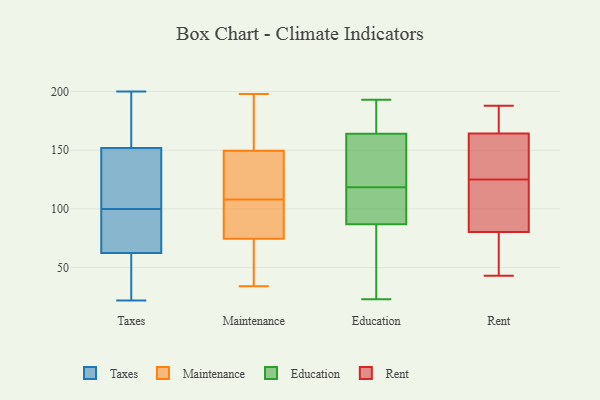
{"axis": {"x": "Tickets Resolved", "y": "Value"}, "legend": ["Education", "Maintenance", "Rent", "Taxes"], "data": [{"x": "", "y": 35, "type": "Taxes"}, {"x": "", "y": 64, "type": "Taxes"}, {"x": "", "y": 83, "type": "Taxes"}, {"x": "", "y": 78, "type": "Taxes"}, {"x": "", "y": 200, "type": "Taxes"}, {"x": "", "y": 145, "type": "Taxes"}, {"x": "", "y": 100, "type": "Taxes"}, {"x": "", "y": 152, "type": "Taxes"}, {"x": "", "y": 173, "type": "Taxes"}, {"x": "", "y": 29, "type": "Taxes"}, {"x": "", "y": 171, "type": "Taxes"}, {"x": "", "y": 152, "type": "Taxes"}, {"x": "", "y": 22, "type": "Taxes"}, {"x": "", "y": 62, "type": "Taxes"}, {"x": "", "y": 118, "type": "Taxes"}, {"x": "", "y": 52, "type": "Maintenance"}, {"x": "", "y": 167, "type": "Maintenance"}, {"x": "", "y": 48, "type": "Maintenance"}, {"x": "", "y": 97, "type": "Maintenance"}, {"x": "", "y": 34, "type": "Maintenance"}, {"x": "", "y": 84, "type": "Maintenance"}, {"x": "", "y": 89, "type": "Maintenance"}, {"x": "", "y": 124, "type": "Maintenance"}, {"x": "", "y": 56, "type": "Maintenance"}, {"x": "", "y": 106, "type": "Maintenance"}, {"x": "", "y": 120, "type": "Maintenance"}, {"x": "", "y": 78, "type": "Maintenance"}, {"x": "", "y": 170, "type": "Maintenance"}, {"x": "", "y": 71, "type": "Maintenance"}, {"x": "", "y": 111, "type": "Maintenance"}, {"x": "", "y": 198, "type": "Maintenance"}, {"x": "", "y": 170, "type": "Maintenance"}, {"x": "", "y": 132, "type": "Maintenance"}, {"x": "", "y": 188, "type": "Maintenance"}, {"x": "", "y": 110, "type": "Maintenance"}, {"x": "", "y": 160, "type": "Education"}, {"x": "", "y": 91, "type": "Education"}, {"x": "", "y": 125, "type": "Education"}, {"x": "", "y": 185, "type": "Education"}, {"x": "", "y": 23, "type": "Education"}, {"x": "", "y": 85, "type": "Education"}, {"x": "", "y": 112, "type": "Education"}, {"x": "", "y": 26, "type": "Education"}, {"x": "", "y": 175, "type": "Education"}, {"x": "", "y": 87, "type": "Education"}, {"x": "", "y": 125, "type": "Education"}, {"x": "", "y": 164, "type": "Education"}, {"x": "", "y": 88, "type": "Education"}, {"x": "", "y": 193, "type": "Education"}, {"x": "", "y": 84, "type": "Rent"}, {"x": "", "y": 178, "type": "Rent"}, {"x": "", "y": 79, "type": "Rent"}, {"x": "", "y": 144, "type": "Rent"}, {"x": "", "y": 43, "type": "Rent"}, {"x": "", "y": 108, "type": "Rent"}, {"x": "", "y": 135, "type": "Rent"}, {"x": "", "y": 188, "type": "Rent"}, {"x": "", "y": 125, "type": "Rent"}, {"x": "", "y": 171, "type": "Rent"}, {"x": "", "y": 50, "type": "Rent"}]}